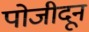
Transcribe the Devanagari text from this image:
पोजीदून